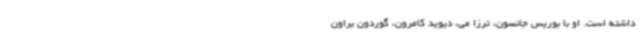
داشته است. او با بوریس جانسون، ترزا می، دیوید کامرون، گوردون براون